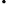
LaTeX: \cdot